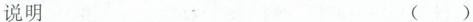
说明 ()